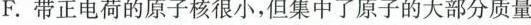
F.带正电荷的原子核很小，但集中了原子的大部分质量